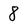
Character: 8